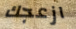
ازعجك